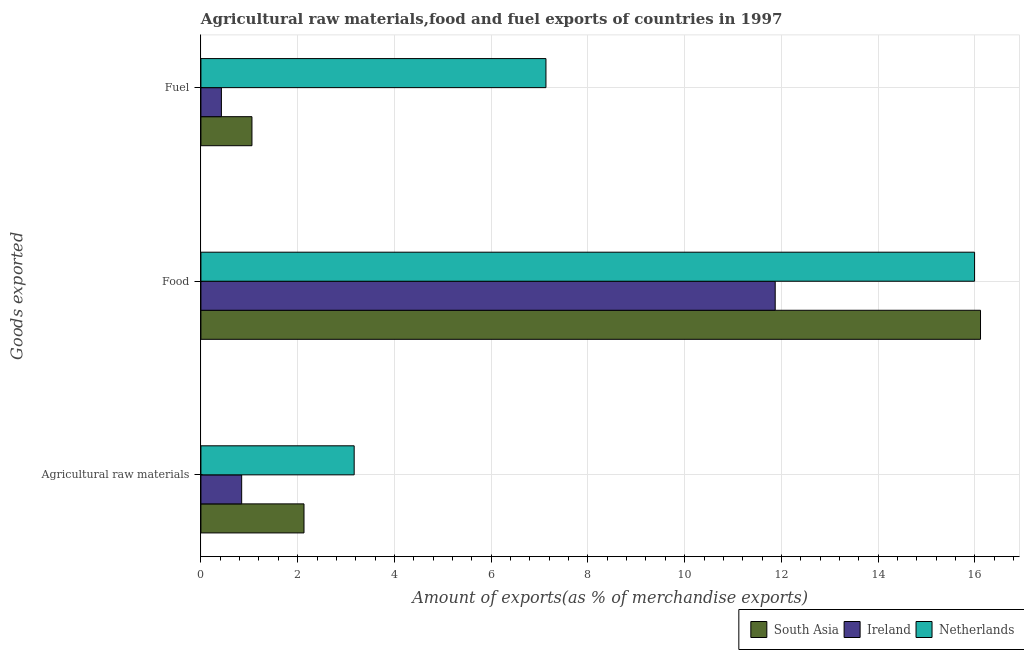
| Goods exported | South Asia | Ireland | Netherlands |
 | --- | --- | --- | --- |
 | Agricultural raw materials | 2.13 | 0.842 | 3.17 |
 | Food | 16.1 | 11.9 | 16 |
 | Fuel | 1.05 | 0.423 | 7.13 |